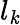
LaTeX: l_{\mathit{k}}